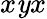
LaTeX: x\mathit{y}x